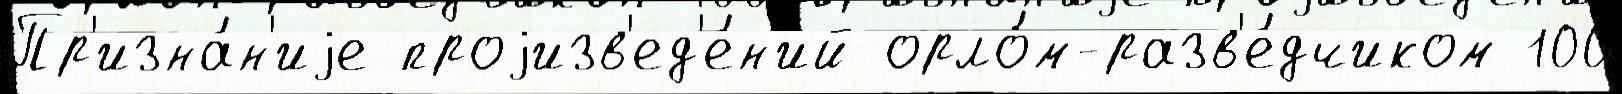
Пр'изна́н'иjе проjизв'ед'е́н'ий орло́м-разв'е́дчиком 100